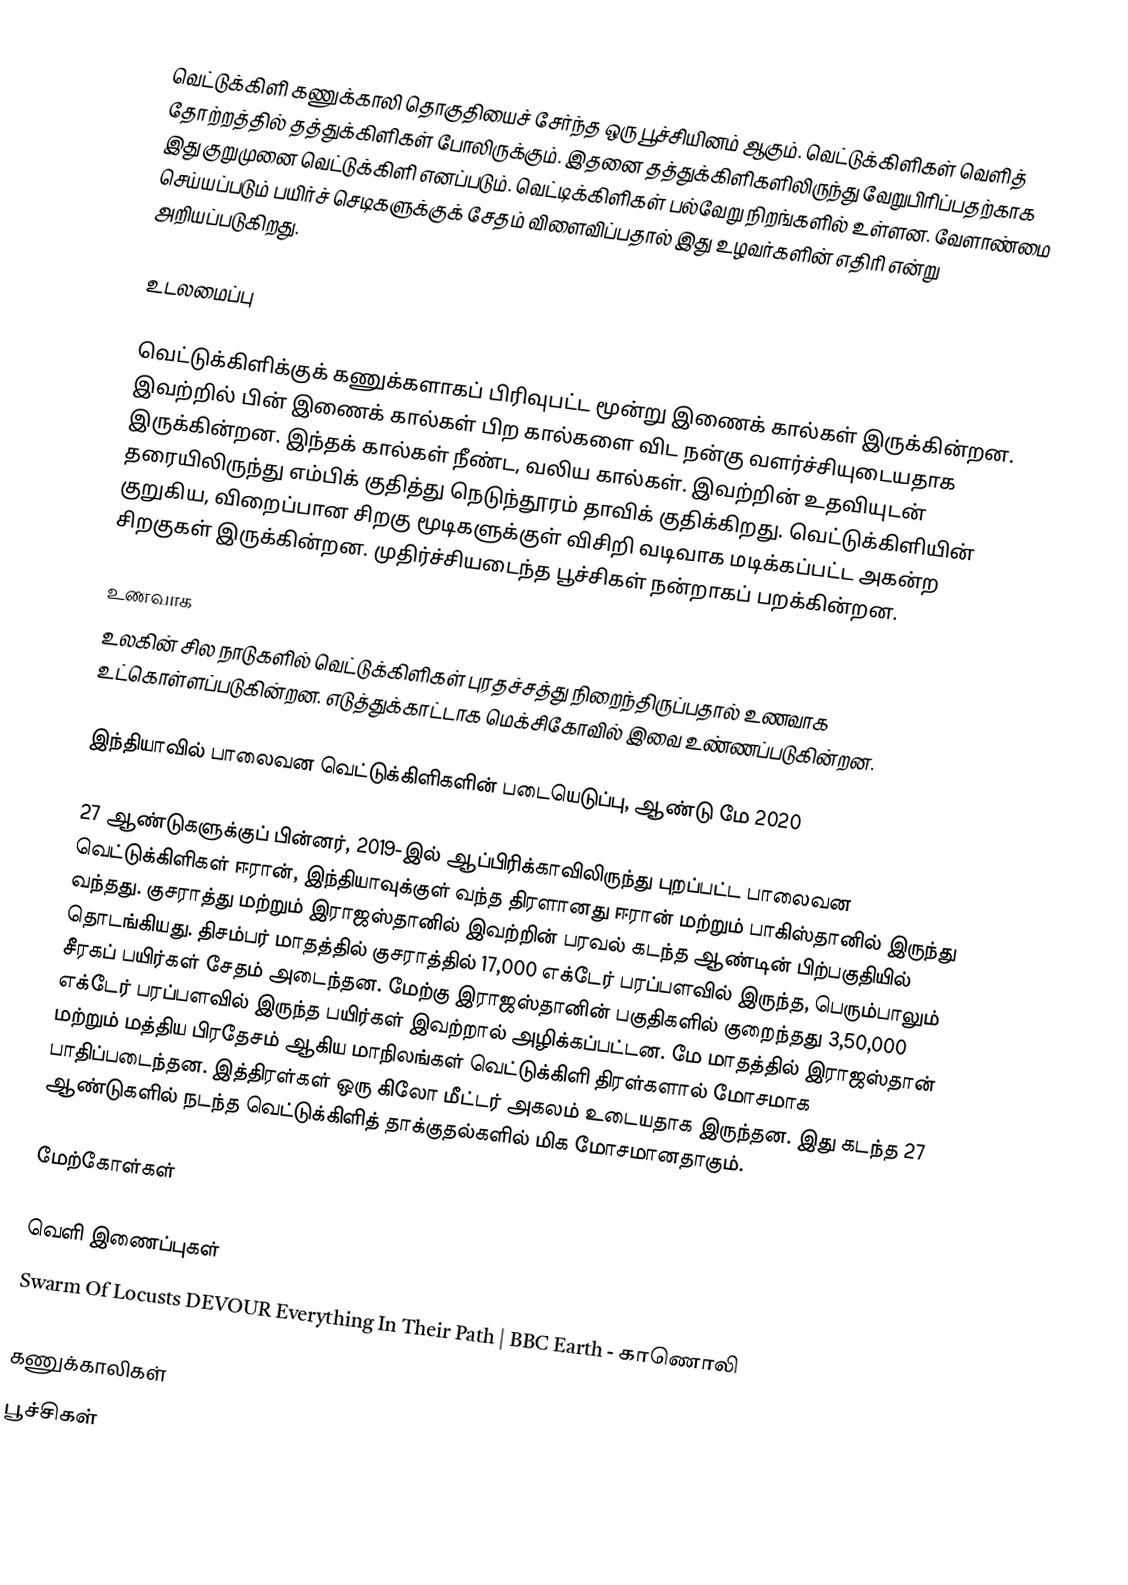
வெட்டுக்கிளி கணுக்காலி தொகுதியைச் சேர்ந்த ஒரு பூச்சியினம் ஆகும். வெட்டுக்கிளிகள் வெளித் தோற்றத்தில் தத்துக்கிளிகள் போலிருக்கும். இதனை தத்துக்கிளிகளிலிருந்து வேறுபிரிப்பதற்காக இது குறுமுனை வெட்டுக்கிளி எனப்படும். வெட்டிக்கிளிகள் பல்வேறு நிறங்களில் உள்ளன. வேளாண்மை செய்யப்படும் பயிர்ச் செடிகளுக்குக் சேதம் விளைவிப்பதால் இது உழவர்களின் எதிரி என்று அறியப்படுகிறது.

உடலமைப்பு

வெட்டுக்கிளிக்குக் கணுக்களாகப் பிரிவுபட்ட மூன்று இணைக் கால்கள் இருக்கின்றன. இவற்றில் பின் இணைக் கால்கள் பிற கால்களை விட நன்கு வளர்ச்சியுடையதாக இருக்கின்றன. இந்தக் கால்கள் நீண்ட, வலிய கால்கள். இவற்றின் உதவியுடன் தரையிலிருந்து எம்பிக் குதித்து நெடுந்தூரம் தாவிக் குதிக்கிறது. வெட்டுக்கிளியின் குறுகிய, விறைப்பான சிறகு மூடிகளுக்குள் விசிறி வடிவாக மடிக்கப்பட்ட அகன்ற சிறகுகள் இருக்கின்றன. முதிர்ச்சியடைந்த பூச்சிகள் நன்றாகப் பறக்கின்றன.

உணவாக
உலகின் சில நாடுகளில் வெட்டுக்கிளிகள் புரதச்சத்து நிறைந்திருப்பதால் உணவாக உட்கொள்ளப்படுகின்றன. எடுத்துக்காட்டாக மெக்சிகோவில் இவை உண்ணப்படுகின்றன.

இந்தியாவில் பாலைவன வெட்டுக்கிளிகளின் படையெடுப்பு, ஆண்டு மே 2020

27 ஆண்டுகளுக்குப் பின்னர், 2019-இல் ஆப்பிரிக்காவிலிருந்து புறப்பட்ட பாலைவன வெட்டுக்கிளிகள் ஈரான், இந்தியாவுக்குள் வந்த திரளானது ஈரான் மற்றும் பாகிஸ்தானில் இருந்து வந்தது. குசராத்து மற்றும் இராஜஸ்தானில் இவற்றின் பரவல் கடந்த ஆண்டின் பிற்பகுதியில் தொடங்கியது. திசம்பர் மாதத்தில் குசராத்தில் 17,000 எக்டேர் பரப்பளவில் இருந்த, பெரும்பாலும் சீரகப் பயிர்கள் சேதம் அடைந்தன. மேற்கு இராஜஸ்தானின் பகுதிகளில் குறைந்தது 3,50,000 எக்டேர் பரப்பளவில் இருந்த பயிர்கள் இவற்றால் அழிக்கப்பட்டன. மே மாதத்தில் இராஜஸ்தான் மற்றும் மத்திய பிரதேசம் ஆகிய மாநிலங்கள் வெட்டுக்கிளி திரள்களால் மோசமாக பாதிப்படைந்தன. இத்திரள்கள் ஒரு கிலோ மீட்டர் அகலம் உடையதாக இருந்தன. இது கடந்த 27 ஆண்டுகளில் நடந்த வெட்டுக்கிளித் தாக்குதல்களில் மிக மோசமானதாகும்.

மேற்கோள்கள்

வெளி இணைப்புகள்
  Swarm Of Locusts DEVOUR Everything In Their Path | BBC Earth - காணொலி

கணுக்காலிகள்
பூச்சிகள்